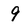
Character: 9